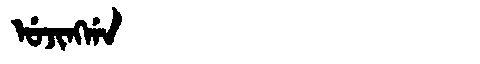
Manchu: ᡠᠵᡳᠩᡤᠠ
Romanization: UJINGGA